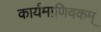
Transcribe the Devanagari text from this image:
कार्यमाणिवकम्